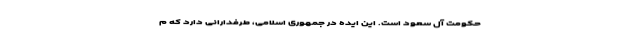
حکومت آل سعود است. این ایده در جمهوری اسلامی، طرفدارانی دارد که م